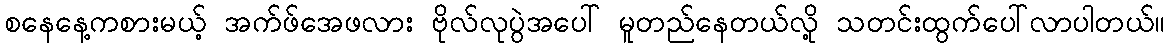
စနေနေ့ကစားမယ့် အက်ဖ်အေဖလား ဗိုလ်လုပွဲအပေါ် မူတည်နေတယ်လို့ သတင်းထွက်ပေါ်လာပါတယ်။